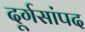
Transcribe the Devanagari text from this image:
दूर्गसांपद